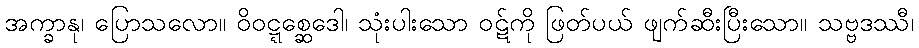
အက္ခာနု၊ ပြောသလော။ ဝိဝဋ္ဋစ္ဆေဒေါ၊ သုံးပါးသော ဝဋ်ကို ဖြတ်ပယ် ဖျက်ဆီးပြီးသော။ သဗ္ဗဒဿီ၊